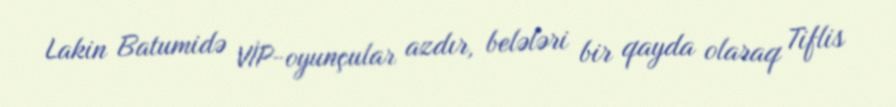
Lakin Batumidə VİP-oyunçular azdır, belələri bir qayda olaraq Tiflis